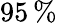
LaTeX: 95\, \%